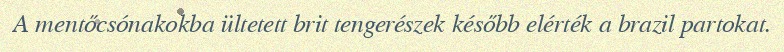
A mentőcsónakokba ültetett brit tengerészek később elérték a brazil partokat.